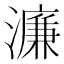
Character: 濂